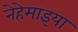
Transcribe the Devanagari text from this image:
नेहेमाइया